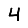
Digit: 4